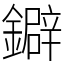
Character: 鐴